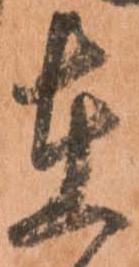
在